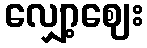
လျှော့ဈေး